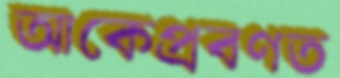
আকেপ্রবণত